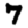
Digit: 7